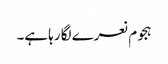
ہجوم نعرے لگا رہا ہے۔